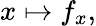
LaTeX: x\mapsto f_{x},